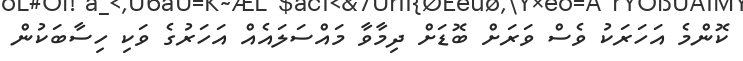
ކޮންމެ އަހަރަކު ވެސް ވަރަށް ބޮޑަށް ދިމާވާ މަައްސަލައެއް އަހަރުގެ ވަކި ހިސާބަކުން